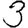
Digit: 3